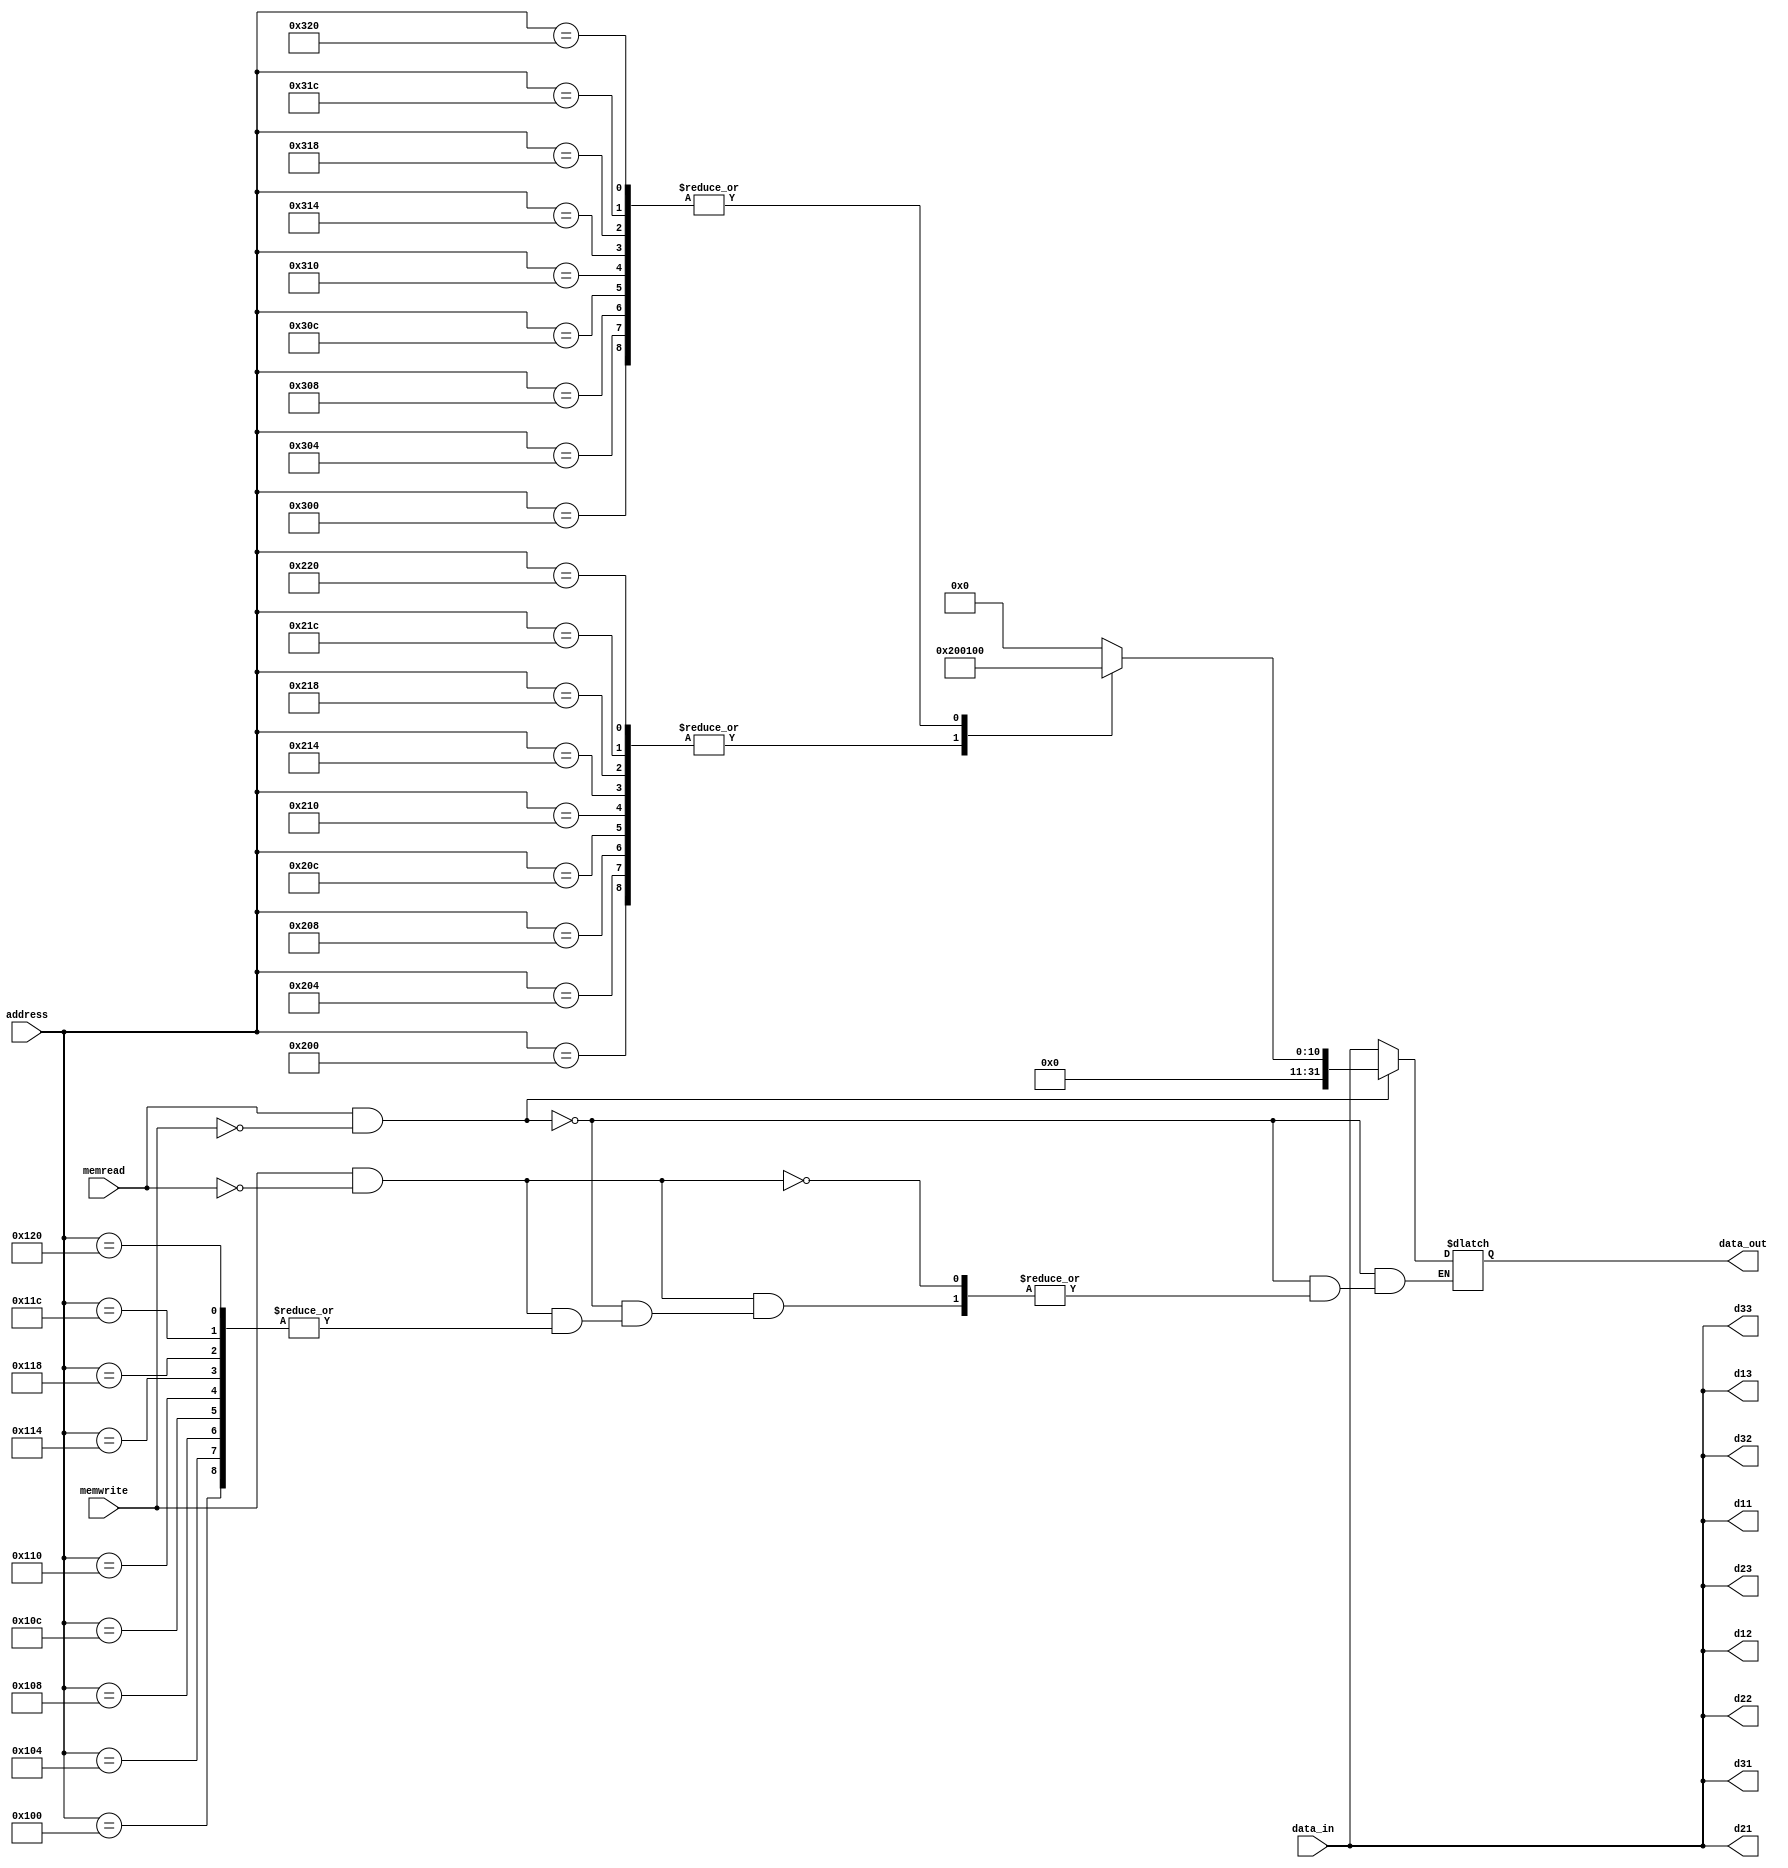
module MainMemory(memread,memwrite,address,data_in,data_out,d11,d12,d13,d21,d22,d23,d31,d32,d33);
input memread;
input memwrite;
input [31:0]address;
input [31:0]data_in;

output reg [31:0]data_out;
output reg [31:0] d11, d12, d13, d21, d22, d23, d31, d32, d33;

reg [31:0] matrix1[8:0];
reg [31:0] matrix2[8:0];
reg [31:0] matrix3[8:0];

initial begin
	matrix3[0]=0;
	matrix3[1]=0;
	matrix3[2]=0;
	matrix3[3]=0;
	matrix3[4]=0;
	matrix3[5]=0;
	matrix3[6]=0;
	matrix3[7]=0;
	matrix3[8]=0;
end

always@(*)
	begin
		matrix1[0]=1024;
		matrix1[1]=1024;
		matrix1[2]=1024;
		matrix1[3]=1024;
		matrix1[4]=1024;
		matrix1[5]=1024;
		matrix1[6]=1024;
		matrix1[7]=1024;
		matrix1[8]=1024;

		matrix2[0]=256;
		matrix2[1]=256;
		matrix2[2]=256;
		matrix2[3]=256;
		matrix2[4]=256;
		matrix2[5]=256;
		matrix2[6]=256;
		matrix2[7]=256;
		matrix2[8]=256;

		if(memread==1 && memwrite==0)
		begin

			case(address)
				32'b0000001000000000 : data_out=matrix1[0];
				32'b0000001000000100 : data_out=matrix1[1];
				32'b0000001000001000 : data_out=matrix1[2];
				32'b0000001000001100 : data_out=matrix1[3];
				32'b0000001000010000 : data_out=matrix1[4];
				32'b0000001000010100 : data_out=matrix1[5];
				32'b0000001000011000 : data_out=matrix1[6];
				32'b0000001000011100 : data_out=matrix1[7];
				32'b0000001000100000 : data_out=matrix1[8];

				32'b0000001100000000 : data_out=matrix2[0];
				32'b0000001100000100 : data_out=matrix2[1];
				32'b0000001100001000 : data_out=matrix2[2];
				32'b0000001100001100 : data_out=matrix2[3];
				32'b0000001100010000 : data_out=matrix2[4];
				32'b0000001100010100 : data_out=matrix2[5];
				32'b0000001100011000 : data_out=matrix2[6];
				32'b0000001100011100 : data_out=matrix2[7];
				32'b0000001100100000 : data_out=matrix2[8];
				default : data_out=32'd0;
			endcase

		end

		else if(memwrite==1 && memread==0)
			begin
				case(address)
					32'b0000000100000000 : matrix3[0]=data_in;
					32'b0000000100000100 : matrix3[1]=data_in;
					32'b0000000100001000 : matrix3[2]=data_in;
					32'b0000000100001100 : matrix3[3]=data_in;
					32'b0000000100010000 : matrix3[4]=data_in;
					32'b0000000100010100 : matrix3[5]=data_in;
					32'b0000000100011000 : matrix3[6]=data_in;
					32'b0000000100011100 : matrix3[7]=data_in;
					32'b0000000100100000 : matrix3[8]=data_in;
					default : data_out=data_in;
				endcase
			end

	d11 = matrix3[0];
	d12 = matrix3[1];
	d13 = matrix3[2];
	d21 = matrix3[3];
	d22 = matrix3[4];
	d23 = matrix3[5];
	d31 = matrix3[6];
	d32 = matrix3[7];
	d33 = matrix3[8];
end

	/*
	initial begin
	$display("%d",data_in);
	//$display("%d %d %d %d %d %d",d11,d12,d13,d21,d22,d23);
	end
	*/

endmodule